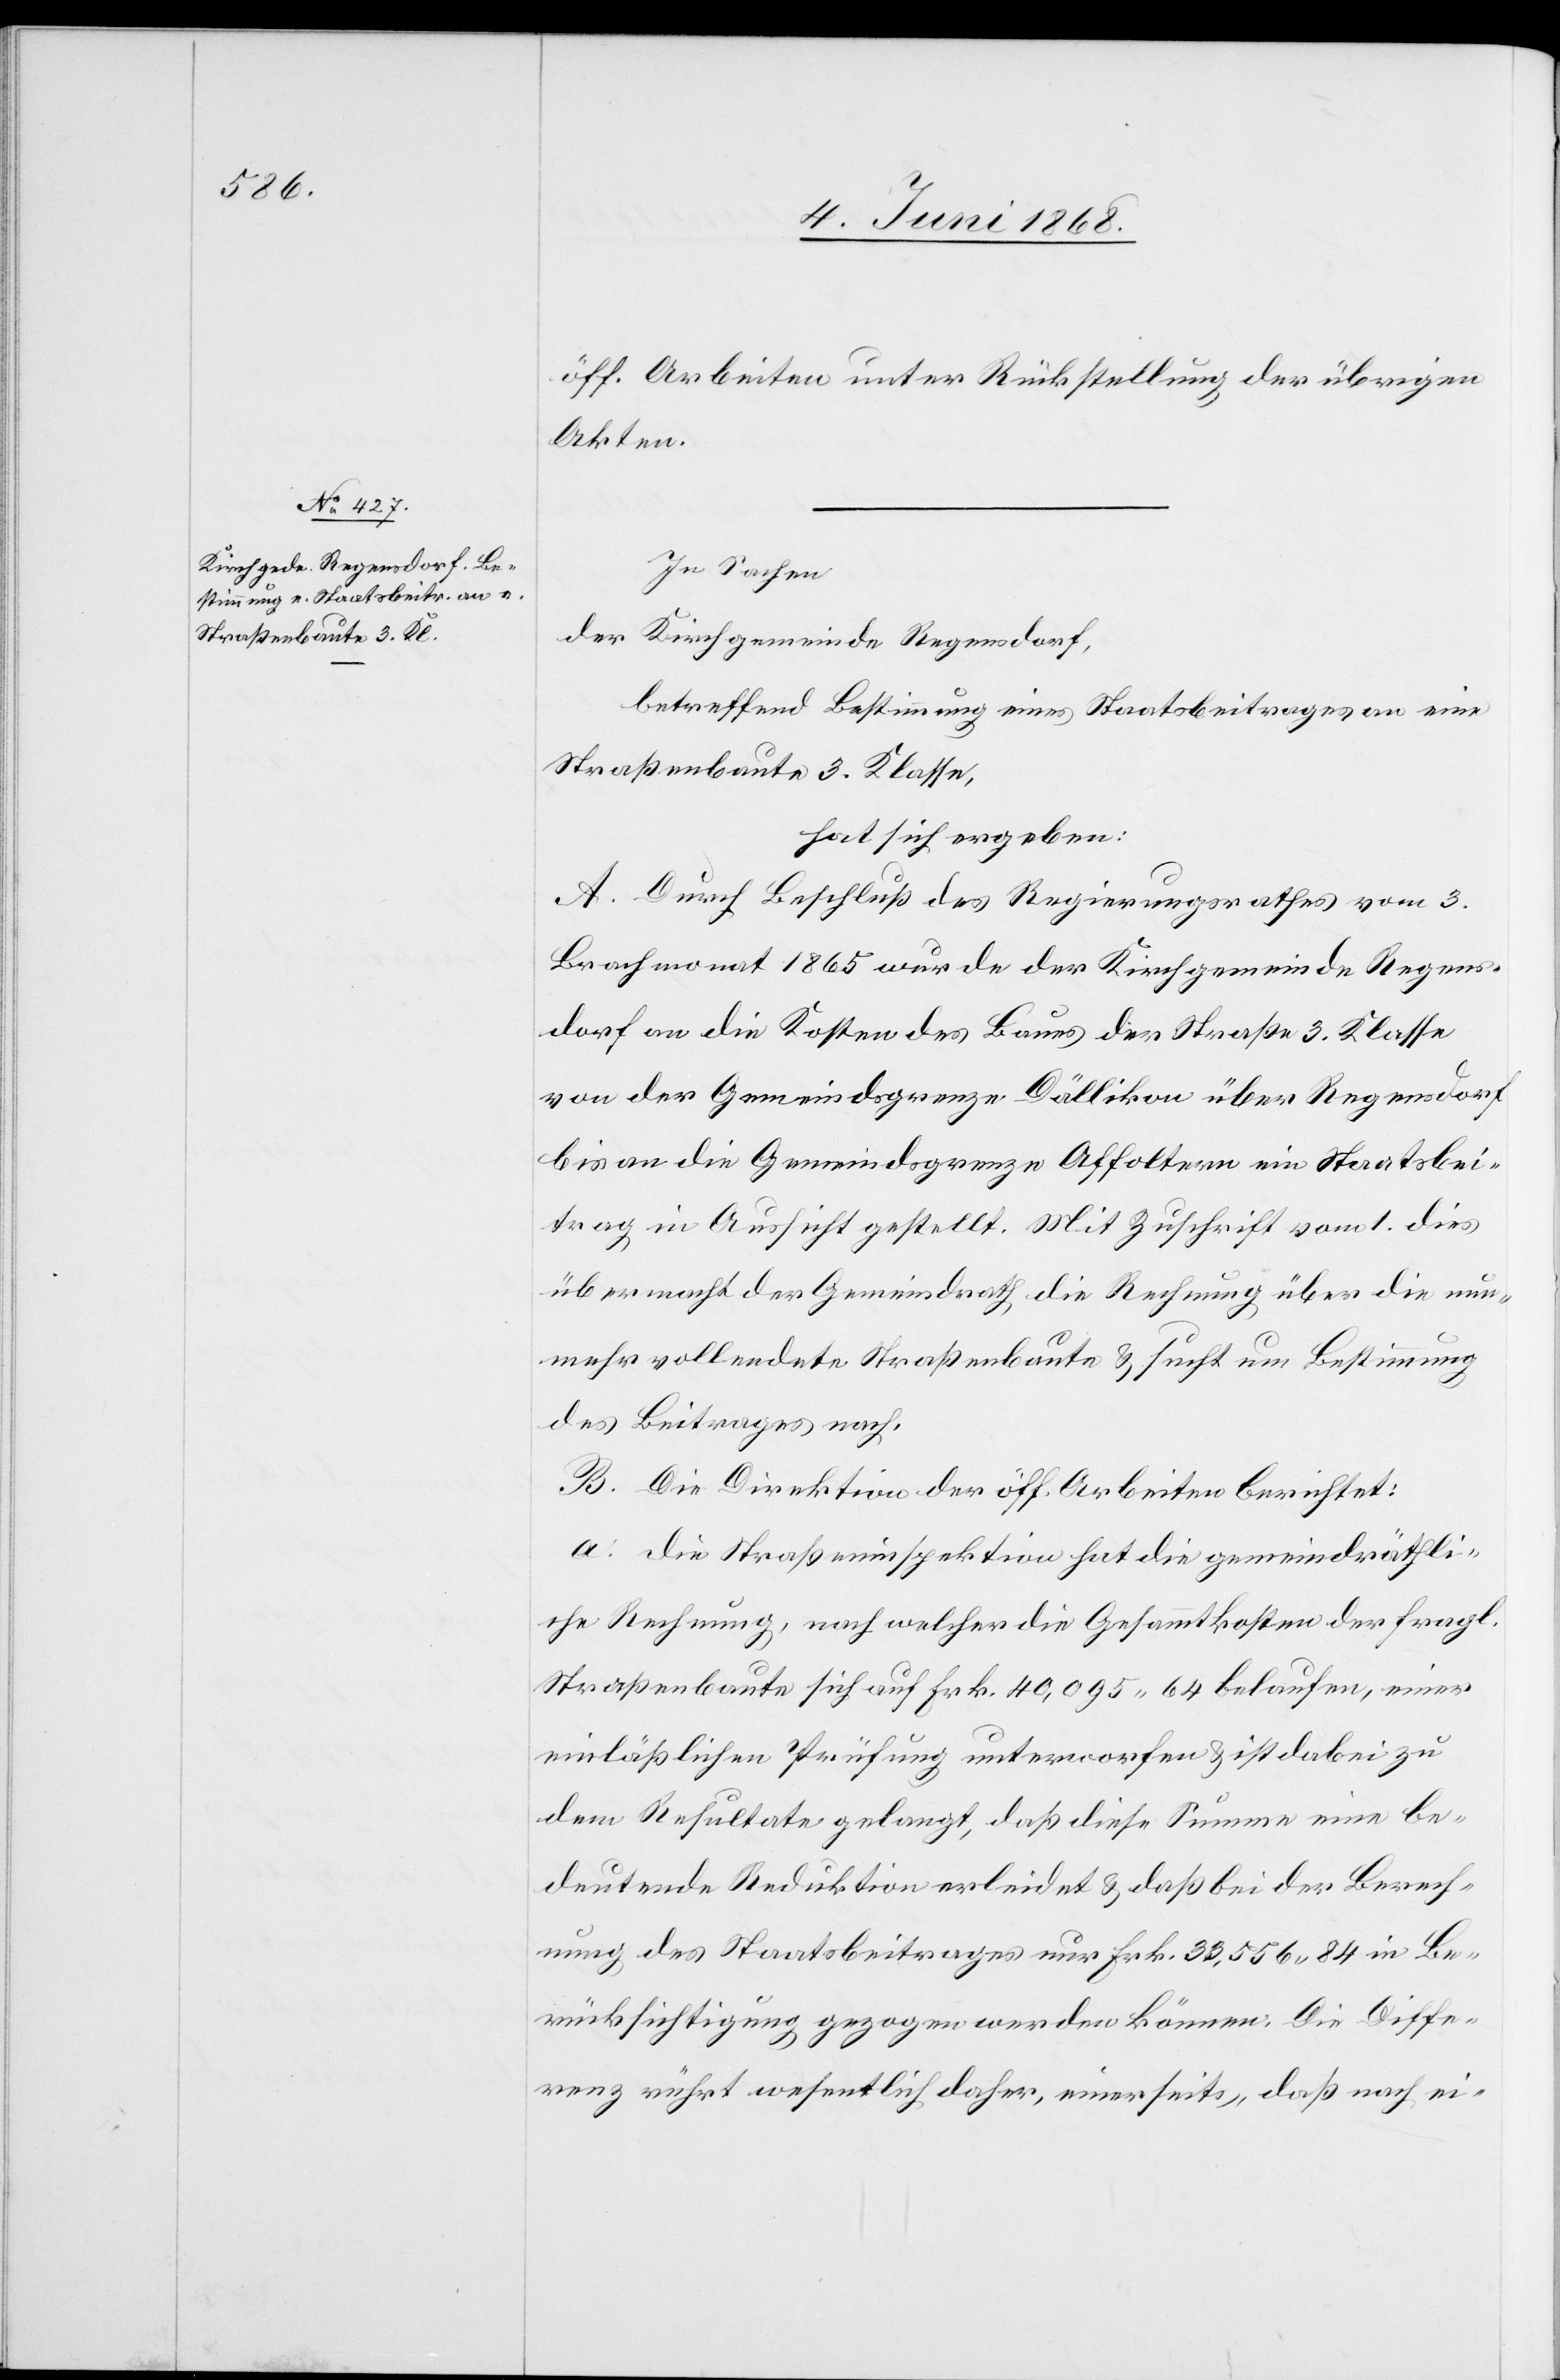
öff. Arbeiten unter Rückstellung der übrigen
Akten.
In Sachen
der Kirchgemeinde Regensdorf,
betreffend Bestimmung eines Staatsbeitrages an eine
Straßenbaute 3. Klasse,
hat sich ergeben:
A. Durch Beschluß des Regierungsrathes vom 3.
Brachmonat 1865 wurde der Kirchgemeinde Regens¬
dorf an die Kosten des Baues der Straße 3. Klasse
von der Gemeindsgrenze Dällikon über Regensdorf
bis an die Gemeindsgrenze Affoltern ein Staatsbei¬
trag in Aussicht gestellt. Mit Zuschrift vom 1. dies
übermacht der Gemeindrath die Rechnung über die nun¬
mehr vollendete Straßenbaute & sucht um Bestimmung
des Beitrages nach.
B. Die Direktion der öff. Arbeiten berichtet:
a. die Straßeninspektion hat die gemeindräthli¬
che Rechnung, nach welcher die Gesammtkosten der fragl.
Straßenbaute sich auf Frk. 40,095 64 belaufen, einer
einläßlichen Prüfung unterworfen & ist dabei zu
dem Resultate gelangt, daß diese Summe eine be¬
deutende Reduktion erleidet & daß bei der Berech¬
nung des Staatsbeitrages nur Frk. 33,556 84 in Be¬
rücksichtigung gezogen werden können. Die Diffe¬
renz rührt wesentlich daher, einerseits, daß nach ei-